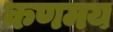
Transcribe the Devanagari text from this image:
कणमय